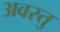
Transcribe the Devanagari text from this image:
अवस्तु